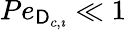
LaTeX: Pe_{\mathsf{D}_{c,\imath}}\ll 1